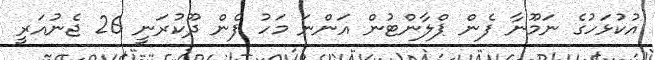
އުކުޅަހުގެ ނަމޫނާ ފެން ޕްލާންޓުން އަންނަ މަހު ފެން ދޫކުރަނީ 26 ޖެނުއަރީ